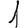
Digit: 1